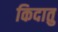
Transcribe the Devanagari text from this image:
किदातु